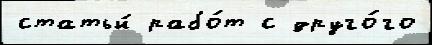
статьи́ рабо́т с друго́го